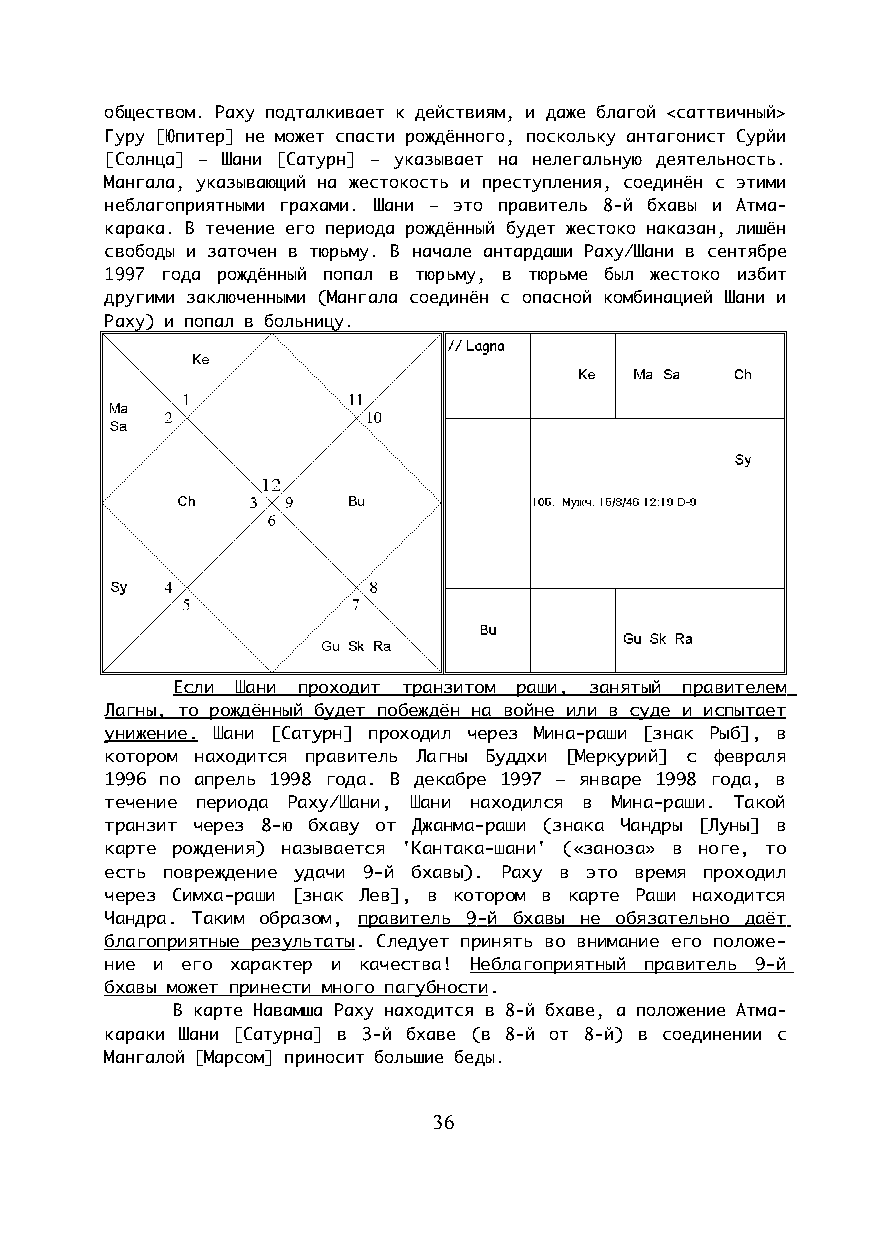
обществом. Раху подталкивает к действиям, и даже благой <саттвичный>
 Гуру [Юпитер] не может спасти рождённого, поскольку антагонист Сурйи
 [Солнца] – Шани [Сатурн] – указывает на нелегальную деятельность.
 Мангала, указывающий на жестокость и преступления, соединён с этими
 неблагоприятными грахами. Шани – это правитель 8-й бхавы и Атма-
 карака. В течение его периода рождённый будет жестоко наказан, лишён
 свободы и заточен в тюрьму. В начале антардаши Раху/Шани в сентябре
 1997 года рождённый попал в тюрьму, в тюрьме был жестоко избит
 другими заключенными (Мангала соединён с опасной комбинацией Шани и
 Раху) и попал в больницу.
 Если Шани проходит транзитом раши, занятый правителем
 Лагны, то рождённый будет побеждён на войне или в суде и испытает
 унижение. Шани [Сатурн] проходил через Мина-раши [знак Рыб], в
 котором находится правитель Лагны Буддхи [Меркурий] с февраля
 1996 по апрель 1998 года. В декабре 1997 – январе 1998 года, в
 течение периода Раху/Шани, Шани находился в Мина-раши. Такой
 транзит через 8-ю бхаву от Джанма-раши (знака Чандры [Луны] в
 карте рождения) называется 'Кантака-шани' («заноза» в ноге, то
 есть повреждение удачи 9-й бхавы). Раху в это время проходил
 через Симха-раши [знак Лев], в котором в карте Раши находится
 Чандра. Таким образом, правитель 9 - й бхавы не обязательно даё т
 благоприятные результаты. Следует принять во внимание его положе-
 ние и его характер и качества! Неблагоприя т ный правитель 9 - й
 бхавы может принести много пагубности.
 В карте Навамша Раху находится в 8-й бхаве, а положение Атма-
 караки Шани [Сатурна] в 3-й бхаве (в 8-й от 8-й) в соединении с
 Мангалой [Марсом] приносит большие беды.
 36